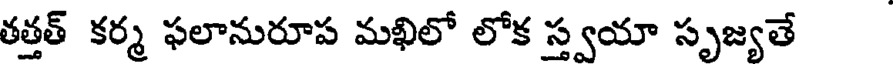
తత్తత్ కర్మ ఫలానురూప మఖిలో లోక స్త్వయా సృజ్యతే